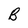
Character: B